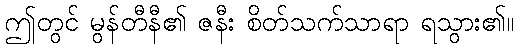
ဤတွင် မွန်တီနီ၏ ဇနီး စိတ်သက်သာရာ ရသွား၏။